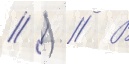
// ) // В